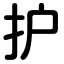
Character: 护